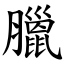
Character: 臘